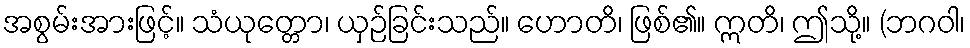
အစွမ်းအားဖြင့်။ သံယုတ္တော၊ ယှဉ်ခြင်းသည်။ ဟောတိ၊ ဖြစ်၏။ ဣတိ၊ ဤသို့။ (ဘဂဝါ၊